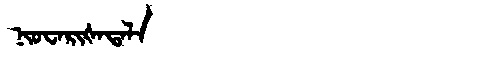
Manchu: ᠨᡳᠣᠸᠠᡵᡳᡧᠠᡨᠠᠯᠠ
Romanization: NIOWARIŠATALA